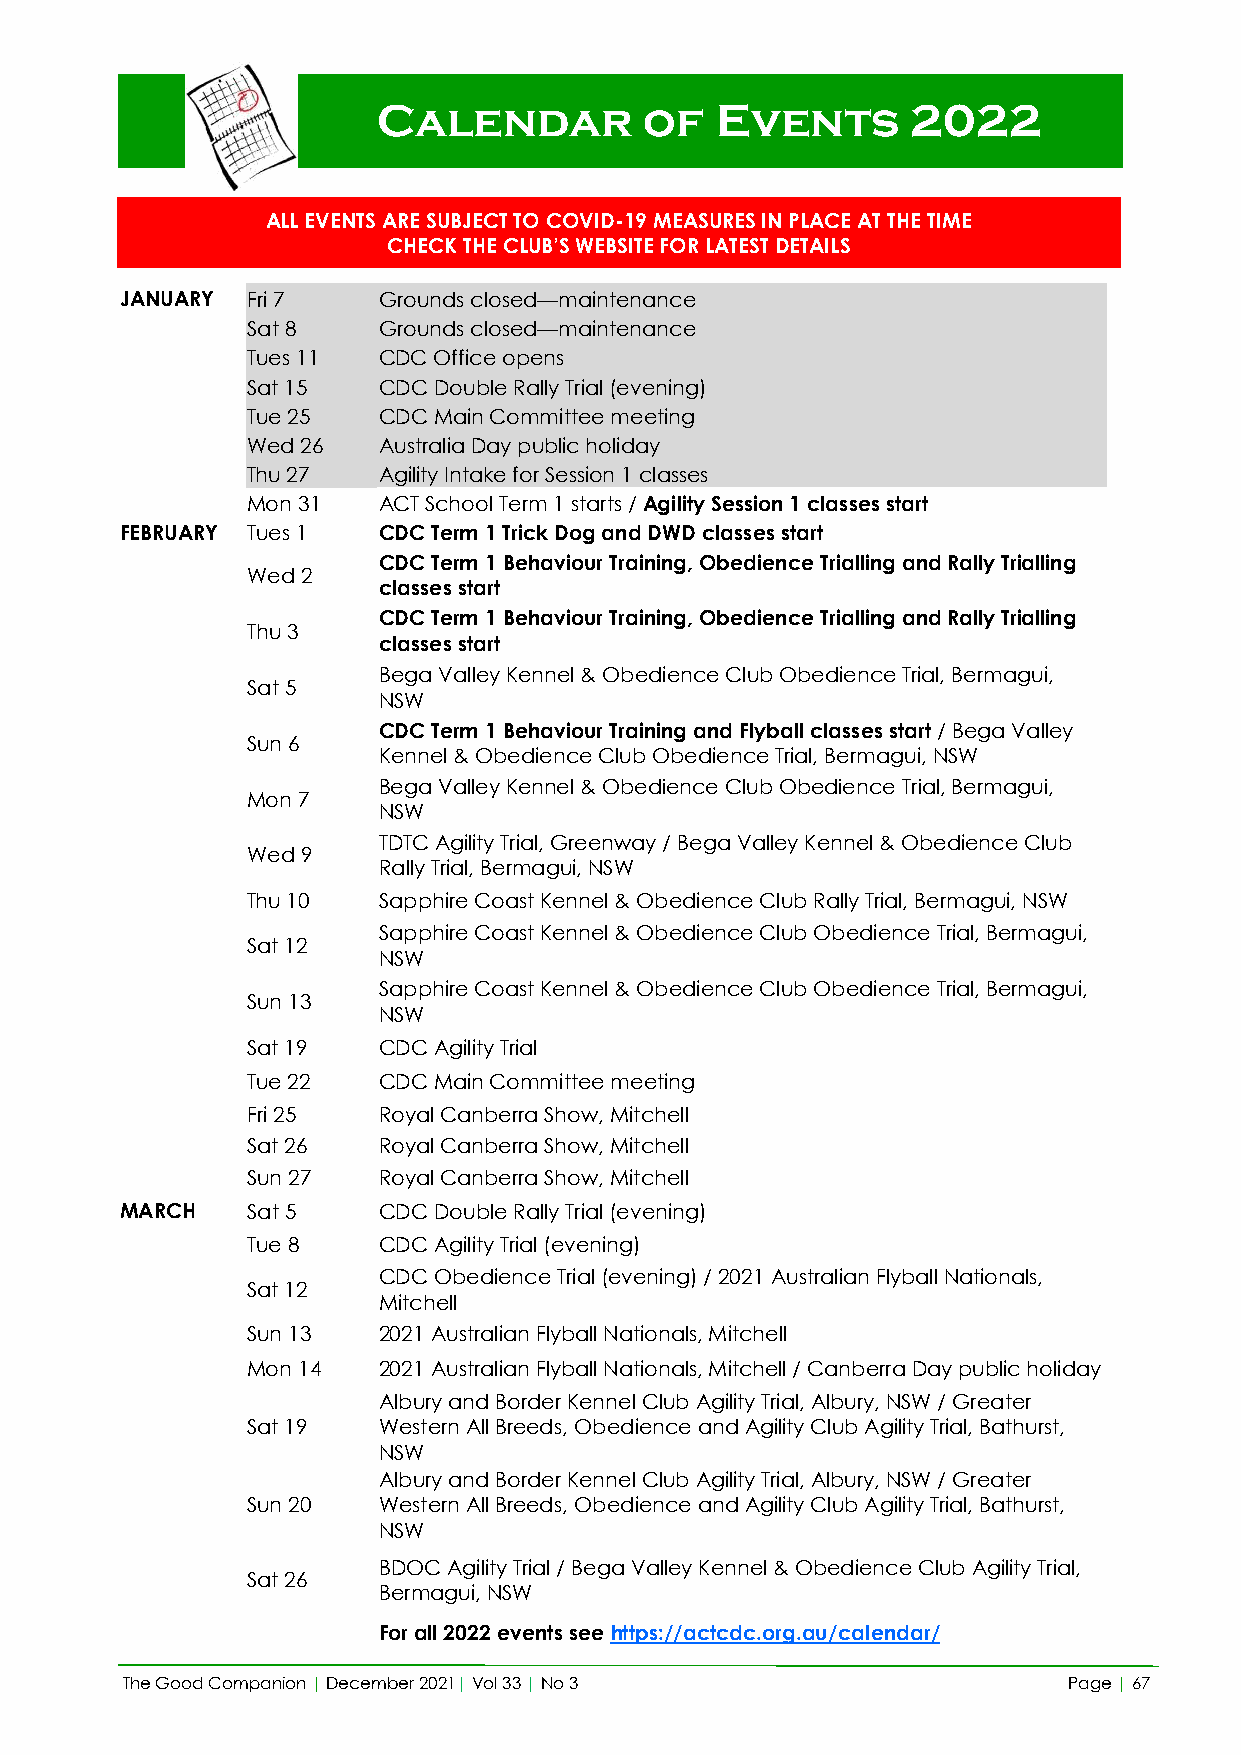
Calendar          of  Events       2022
 ALL EVENTS ARE SUBJECT TO COVID-19 MEASURES IN PLACE AT THE TIME
 CHECK THE CLUB’S WEBSITE FOR LATEST DETAILS
 JANUARY Fri 7    Grounds closed—maintenance
 Sat 8    Grounds closed—maintenance
 Tues 11  CDC Office opens
 Sat 15   CDC Double Rally Trial (evening)
 Tue 25   CDC Main Committee meeting
 Wed 26   Australia Day public holiday
 Thu 27   Agility Intake for Session 1 classes
 Mon 31   ACT School Term 1 starts / Agility Session 1 classes start
 FEBRUARY Tues 1  CDC Term 1 Trick Dog and DWD classes start
 CDC Term 1 Behaviour Training, Obedience Trialling and Rally Trialling
 Wed 2
 classes start
 CDC Term 1 Behaviour Training, Obedience Trialling and Rally Trialling
 Thu 3
 classes start
 Bega Valley Kennel & Obedience Club Obedience Trial, Bermagui,
 Sat 5
 NSW
 CDC Term 1 Behaviour Training and Flyball classes start / Bega Valley
 Sun 6
 Kennel & Obedience Club Obedience Trial, Bermagui, NSW
 Bega Valley Kennel & Obedience Club Obedience Trial, Bermagui,
 Mon 7
 NSW
 TDTC Agility Trial, Greenway / Bega Valley Kennel & Obedience Club
 Wed 9
 Rally Trial, Bermagui, NSW
 Thu 10   Sapphire Coast Kennel & Obedience Club Rally Trial, Bermagui, NSW
 Sapphire Coast Kennel & Obedience Club Obedience Trial, Bermagui,
 Sat 12
 NSW
 Sapphire Coast Kennel & Obedience Club Obedience Trial, Bermagui,
 Sun 13
 NSW
 Sat 19   CDC Agility Trial
 Tue 22   CDC Main Committee meeting
 Fri 25   Royal Canberra Show, Mitchell
 Sat 26   Royal Canberra Show, Mitchell
 Sun 27   Royal Canberra Show, Mitchell
 MARCH   Sat 5    CDC Double Rally Trial (evening)
 Tue 8    CDC Agility Trial (evening)
 CDC Obedience Trial (evening) / 2021 Australian Flyball Nationals,
 Sat 12
 Mitchell
 Sun 13   2021 Australian Flyball Nationals, Mitchell
 Mon 14   2021 Australian Flyball Nationals, Mitchell / Canberra Day public holiday
 Albury and Border Kennel Club Agility Trial, Albury, NSW / Greater
 Sat 19   Western All Breeds, Obedience and Agility Club Agility Trial, Bathurst,
 NSW
 Albury and Border Kennel Club Agility Trial, Albury, NSW / Greater
 Sun 20   Western All Breeds, Obedience and Agility Club Agility Trial, Bathurst,
 NSW
 BDOC Agility Trial / Bega Valley Kennel & Obedience Club Agility Trial,
 Sat 26
 Bermagui, NSW
 For all 2022 events see https://actcdc.org.au/calendar/
 The Good Companion | December 2021| Vol 33 | No 3              Page | 67